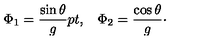
\Phi _ { 1 } = { \frac { \sin \theta } { g } } \raise 2 p t \mathrm { , } \quad \Phi _ { 2 } = { \frac { \cos \theta } { g } } \cdotp